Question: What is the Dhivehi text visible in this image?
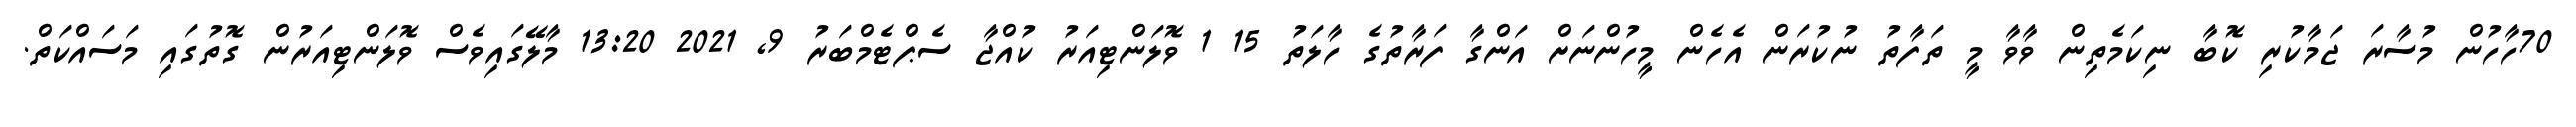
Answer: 70ހާހުން މުސާރަ ޖަމާކުރި ކޮބާ ނިކަމެތިން ވާވާ މީ ތަފާތު ނުކުރަން އެހެން މީހުންނަށް އަންގާ ފަރާތުގެ ހާލަތު 15 1 ވޮލަންޓިއަރު ކުއްޖާ ސެޕްޓެމްބަރު 9, 2021 13:20 މާލޭގައިވެސް ވޮލަންޓިއަރުން ގޮތުގައި މަސައްކަތް.